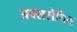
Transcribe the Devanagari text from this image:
अवसरोचित